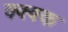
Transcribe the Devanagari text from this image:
क्क्क्क